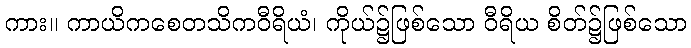
ကား။ ကာယိကစေတသိကဝီရိယံ၊ ကိုယ်၌ဖြစ်သော ဝီရိယ စိတ်၌ဖြစ်သော